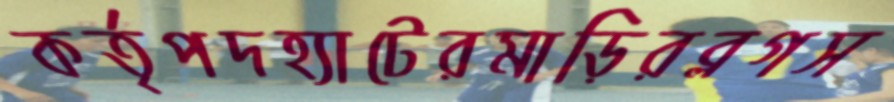
কর্তৃপদহ্যাটেরমাড়িরব্লগস